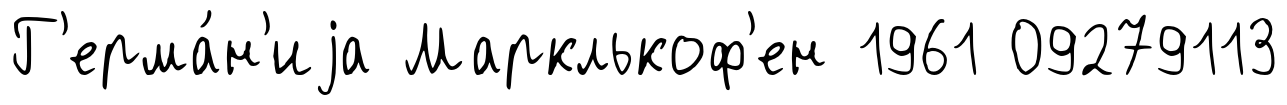
Г'ерма́н'иjа Марклькоф'ен 1961 09279113